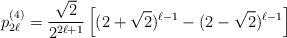
\begin{align*}p_{2 \ell}^{(4)} = \frac{\sqrt{2}}{2^{2 \ell + 1}} \left[ ( 2 + \sqrt{2})^{\ell -1} - (2 - \sqrt{2})^{\ell -1} \right]\end{align*}